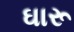
ઘારૂ